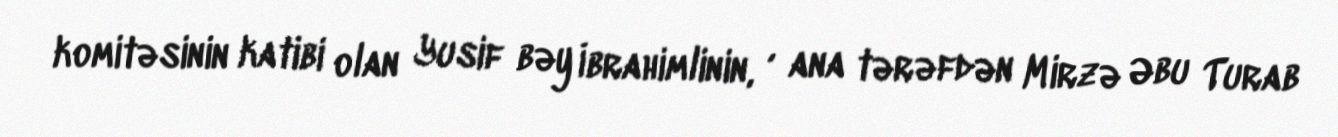
komitəsinin katibi olan Yusif bəy İbrahimlinin, , ana tərəfdən Mirzə Əbu Turab